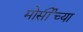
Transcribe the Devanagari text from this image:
मोर्सीच्या